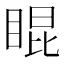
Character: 𥇊